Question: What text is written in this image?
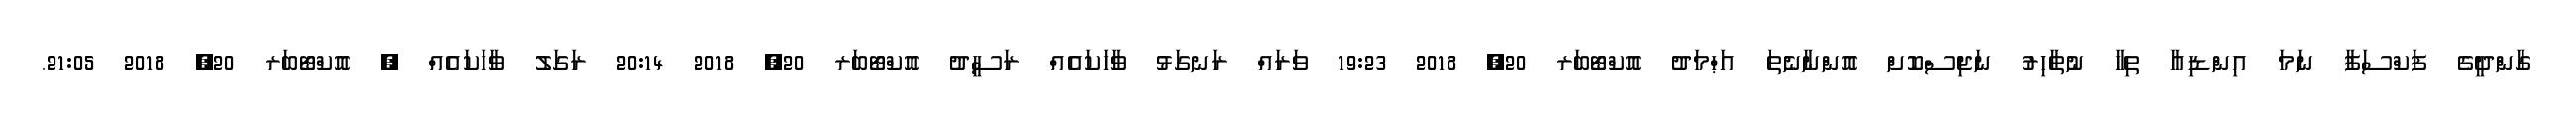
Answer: ގާންދީގެ ފަކްސަފާ ނަމަ އިންޑިއާ ތިހާ ނުތާހިރު ނަޖިސްކޮށް އޮންނާނެތަ އަޙްމަދު އޮކްޓޯބަރ 20, 2018 19:23 ވަރައް ރަނގަޅު ވާހަކައެއް ރަސީދު އޮކްޓޯބަރ 20, 2018 20:14 ރަގަލު ވާހަކައެއް ? އޮކްޓޯބަރ 20, 2018 21:05.